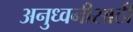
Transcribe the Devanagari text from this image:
अनुध्वनीसाठी